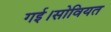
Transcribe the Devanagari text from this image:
गई।सोवियत